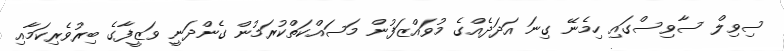
ސިވިލް ސާވިސްގައި ހިމެނޭ ގިނަ އަދަދެއްގެ މުވައްޒަފުން މަސައްކަތްކުރަމުން ގެންދަނީ ވަޒީފާގެ ބިރުވެރިކަމާއި